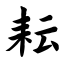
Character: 耘